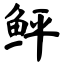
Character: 鲆